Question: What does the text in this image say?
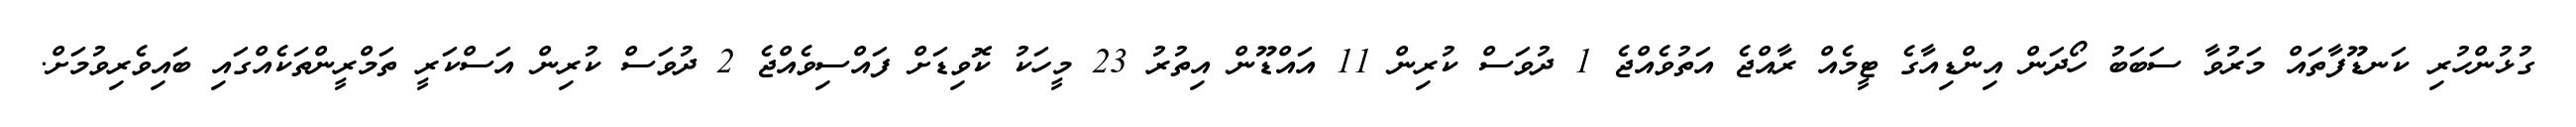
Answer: ގުޅުންހުރި ކަނޑޫފާތައް މަރުވާ ސަބަބު ހޯދަން އިންޑިއާގެ ޓީމެއް ރާއްޖެ އަތުވެއްޖެ 1 ދުވަސް ކުރިން 11 އައްޑޫން އިތުރު 23 މީހަކު ކޮވިޑަށް ފައްސިވެއްޖެ 2 ދުވަސް ކުރިން އަސްކަރީ ތަމްރީންތަކެއްގައި ބައިވެރިވުމަށް.